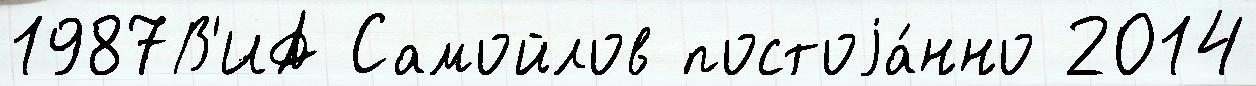
1987В'ИА Самойлов постоjа́нно 2014